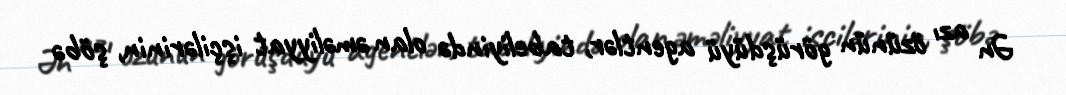
Ən azı özünün görüşdüyü agentlər, tabeliyində olan əməliyyat işçilərinin, şöbə